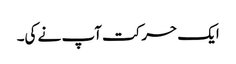
ایک حرکت آپ نے کی۔